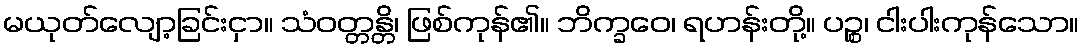
မယုတ်လျော့ခြင်းငှာ။ သံဝတ္တန္တိ၊ ဖြစ်ကုန်၏။ ဘိက္ခဝေ၊ ရဟန်းတို့။ ပဉ္စ၊ ငါးပါးကုန်သော။